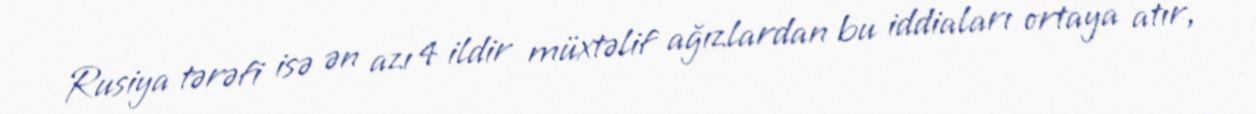
Rusiya tərəfi isə ən azı 4 ildir müxtəlif ağızlardan bu iddiaları ortaya atır,